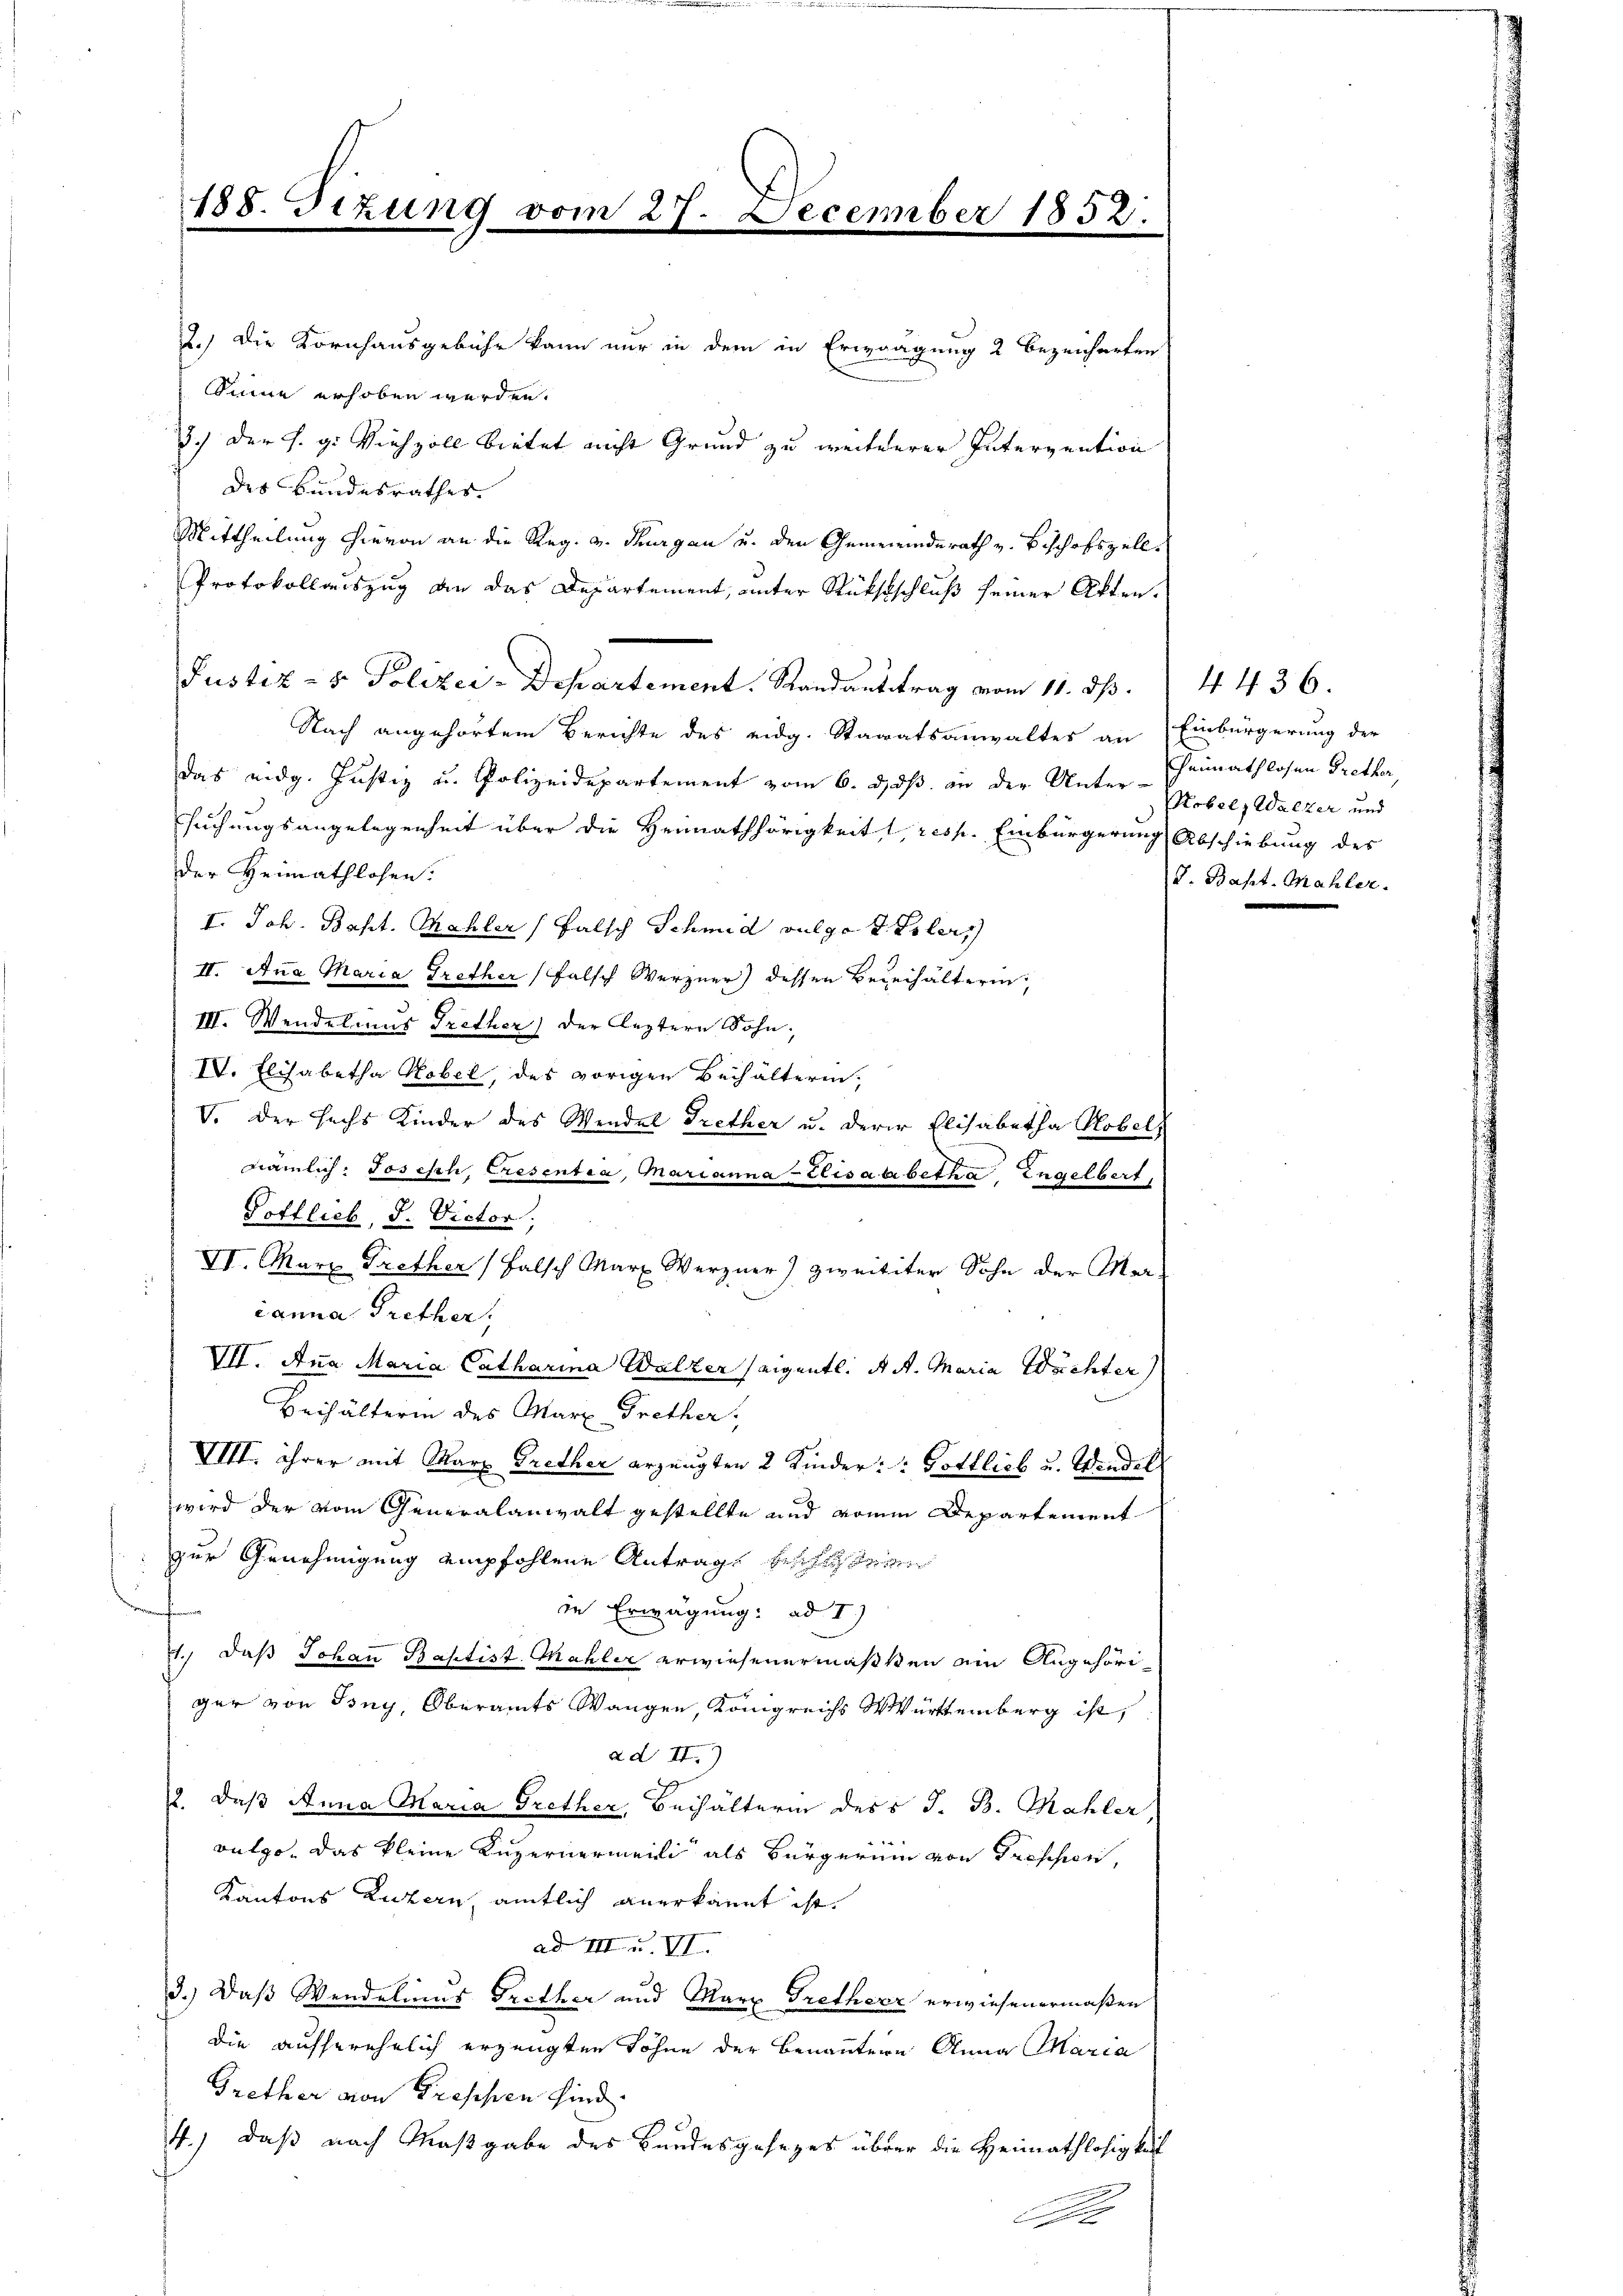
2.) Die Kornhausgebühr kann nur in dem in Erwägung 2 bezeichneten
Sinne erhoben werden.
3.) Der s. g. Viehzoll bietet nicht Grund zu weiterer Intervention
des Bundesrathes.
Mittheilung hievon an die Reg. v. Thurgau u. den Gemeinderath v. Beschofszell¬
Protokollauszug an das Departement, unter Rükstschluß seiner Akten.
Justiz- & Polizei-Departement. Randanstrag vom 11. ds. 4436.
Nach angehörtem Berichte des eidg. Staaatsanwaltes an Einbürgerung der
das eidg. Justiz u. Polizeidepartement vom 6. ds. an der Unter Hebel, Walzer und
suchungsangelegenheit über die Heimathörigkeit, resp. Einbürgerung Abschiebung des
der Heimathlosen.
I. Joh. Bapt. Mahler (Falsch Schmid vulgo t. Poler
II. Ana Maria Trether falsch Werzner) dessen Bezeihalterin,
III. Wendelmus Trether) der leztern Sohn,
IV. Elisabetha Hobel, des vorigen Beihälterin,
V. Der sechs Kinder des Windel Trether u. derer Elisabetha Hobel,
ämlich: Josisch, Cresentia, Marianna Elisati betha Engelbert,
Pofflich, d. Victor,
VI. März Trether Falsch Marx Werzner) zweititer Sohn der Marianna Trether,
VII. Ana Maria Catharina Walter seigentl. A. A. Maria Wächter
Beihälterin des Marx Trether
VIII. ihrer mit Marz Grether erzeugten 2 Kinder: Gottlich u. Windel
wird der vom Generalanwalt gestellte und vom Departement
zur Genehmigung empfohlene Antrage beschienen
in Erwägung: ad I)
1.) daß Johann Baptist. Mahler erwiesenermaßten ein Angehöriger von Iony, Oberamts Wangen, Königreichs Würtemberg ist,
ad II.)
12. daß Anna Maria Grether, Beihälterin des J. B. Mahler
vulgo. Das kleine Luzernerweili als Bürgerinn von Frische,
Kantons Luzern, amtlich anerkannt ist.
ad III u. VI.
3.) Daß Wendelinus Frether und Marx Tretherr erwiesenermaßen
die ausserehelich erzeugten Söhne der benannteren Anna Maria
Grether von Treppen sind.
4.) Daß nach Maßgabe des Bundesgesezes über die Heimathlosigkeit
e

188. Sizung vom 27. December 1852.

Heimathlosen Grether,
J. Bapt. Mahler.